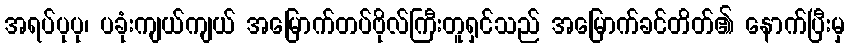
အရပ်ပုပု၊ ပခုံးကျယ်ကျယ် အမြောက်တပ်ဗိုလ်ကြီးတူရှင်သည် အမြောက်ခင်တိတ်၏ နောက်ပြီးမှ